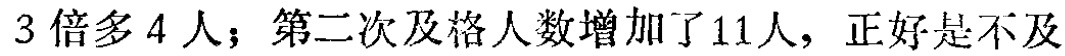
3倍多4人；第二次及格人数增加了11人，正好是不及